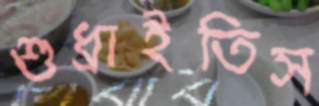
শুধ্‌রাইতিস